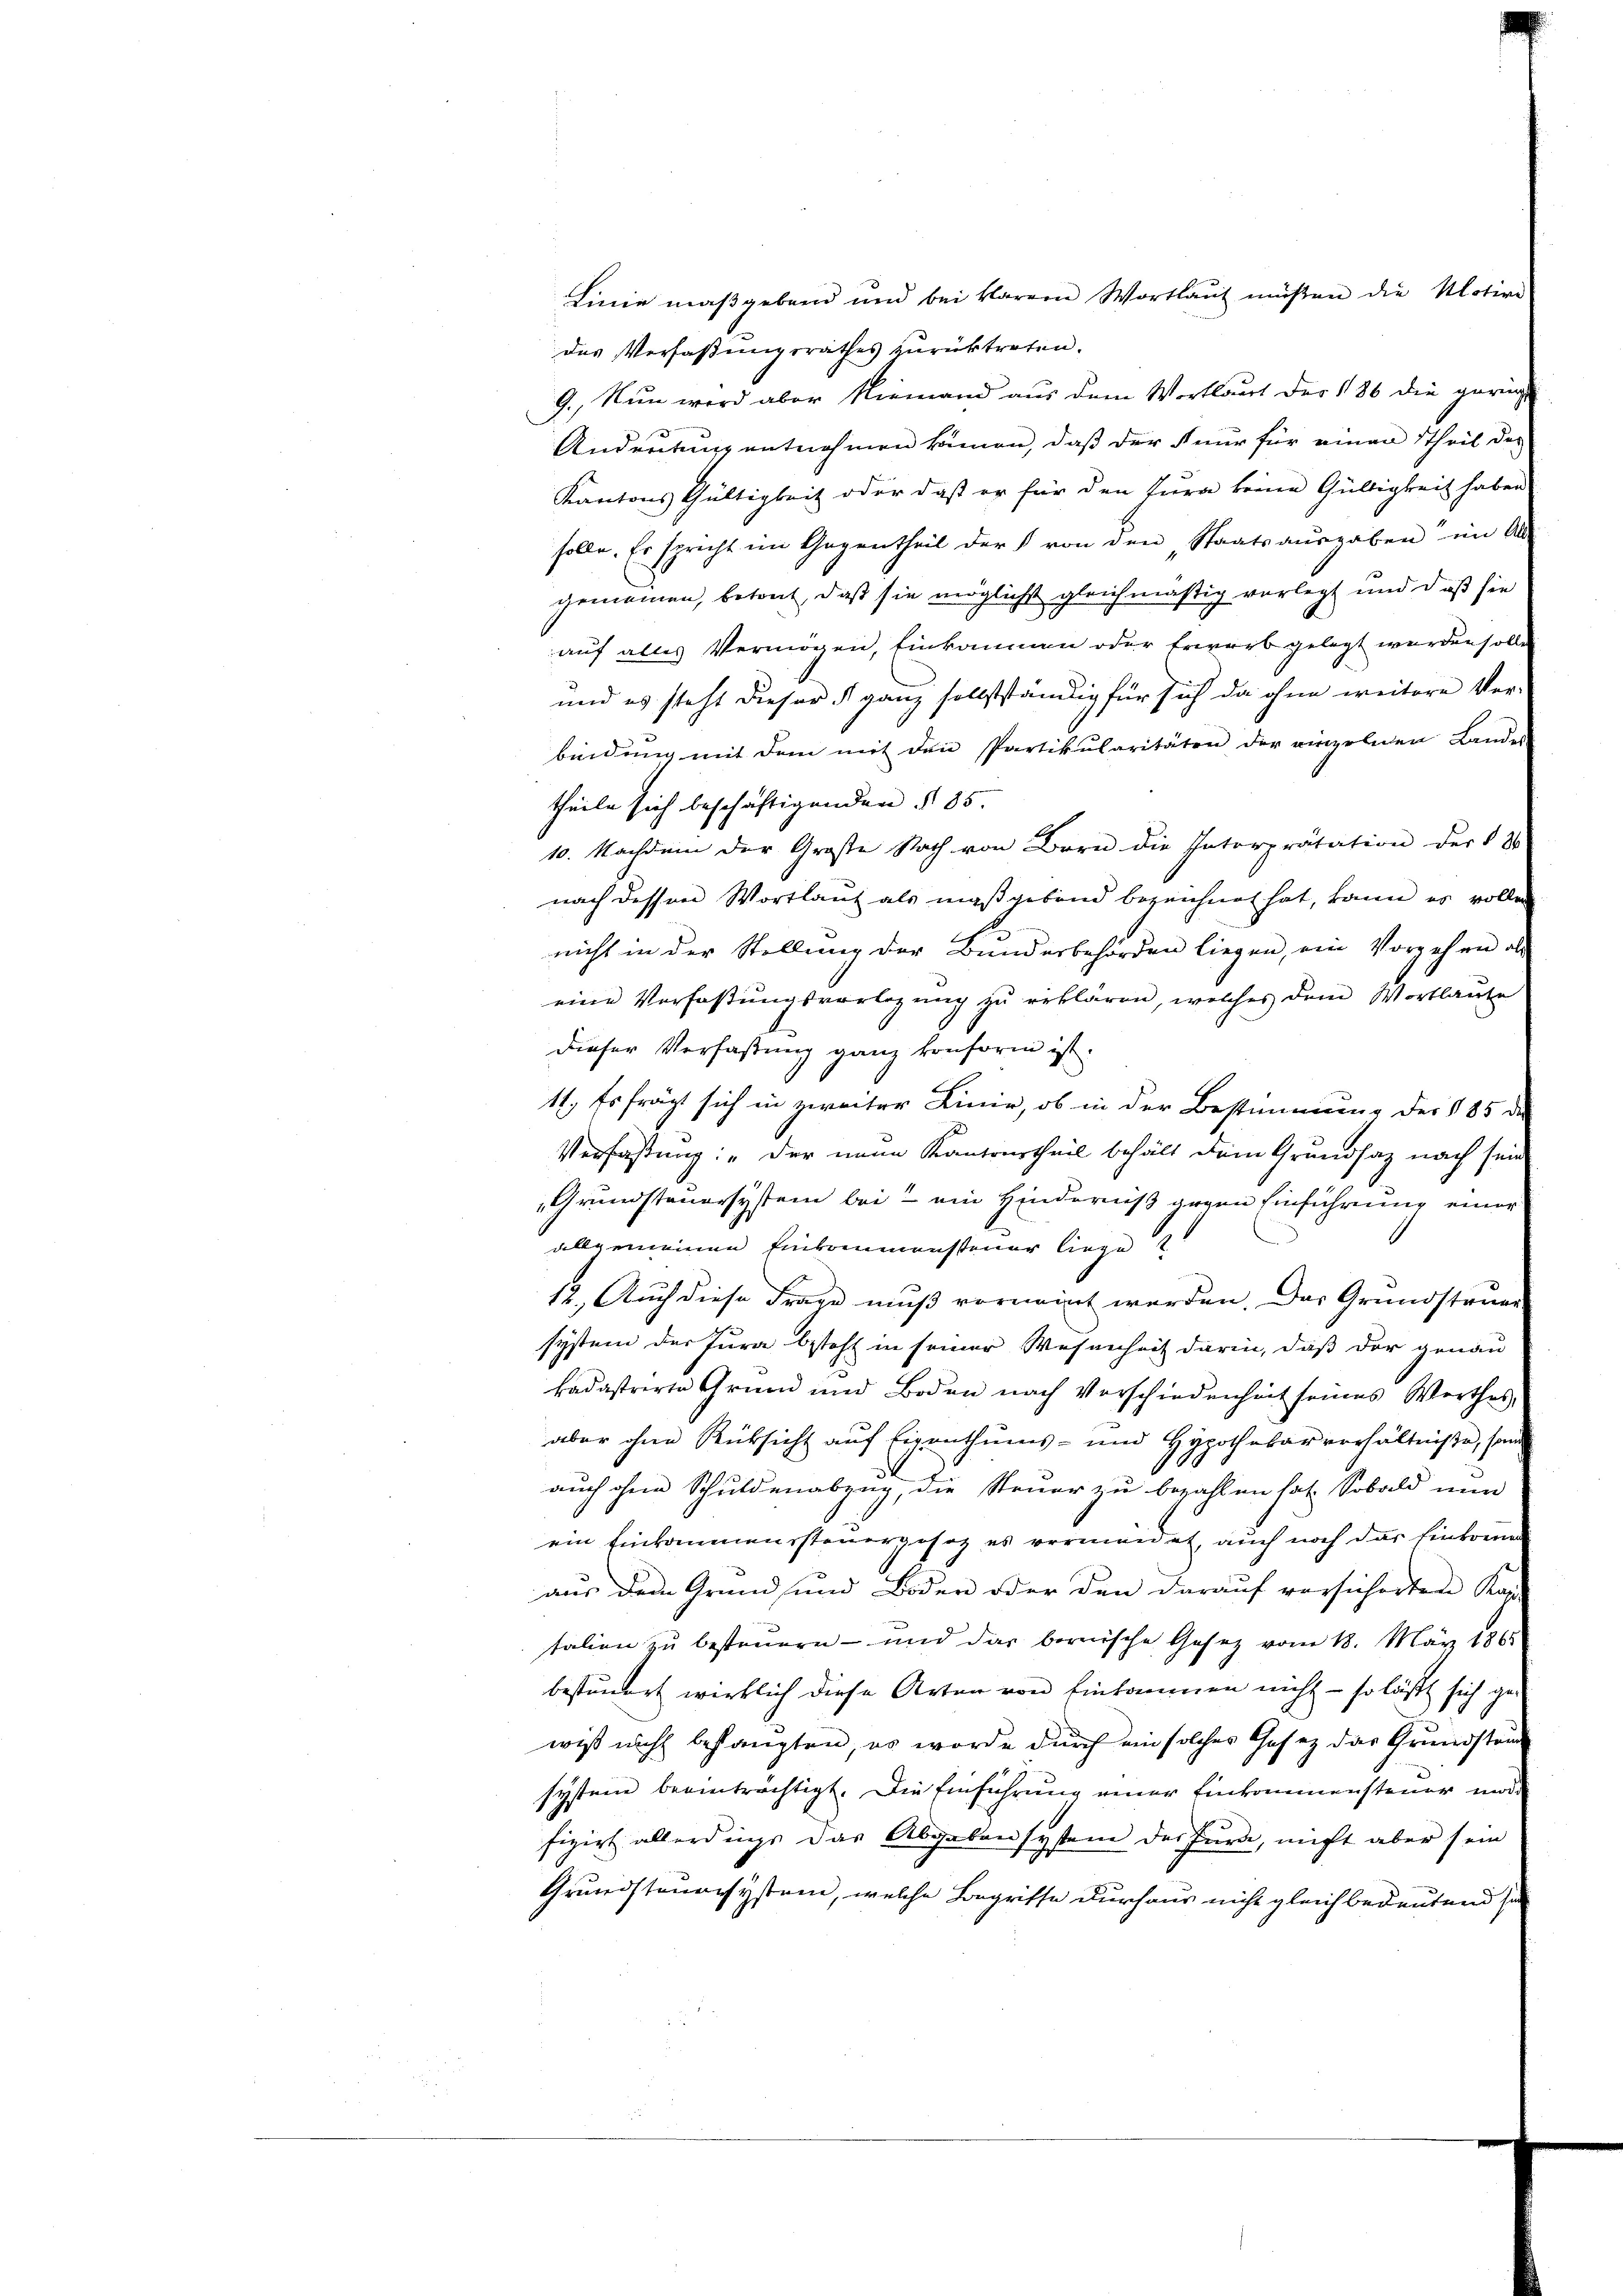
Linie maßgebend und bei klarem Wortlaut müßen die Motive
das Verfaßungsrathes zurücktreten.
9., Nun wird aber Niemand aus dem Wortlaut der 186 die geringe
Andeutung entnehmen können, daß der nur für einen Theil des
Kantons Gültigkeit oder daß er für den Jura keine Gültigkeit haben
solle. Er spricht im Gegentheil der § von den Staatsausgaben“ im An-
gemainen, betont, daß sie möglichst gleichmäßig vorlegt und daß sie
auf alles Vermögen, Einkommen oder Erwarb gelegt werden solle
und es steht dieser §. ganz sollstständig für sich da ohne weitere Ver-
bindŭng mit dem mit den Partikularitäten der einzelnen Landes-
theile sich beschäftigenden § 85.
10. Nachdem der Große Nach von Bern die Interprätation der § 3
nach dessen Wortlaut als maßgebend bezeichnet hat, kann es vollen
nicht in der Stellung der Bundesbehörden liegen, ein Vorgehen als
eine Verfassŭngsvorlegŭng zŭ reklaren, welches dem Wortlaute
dieser Verfaßung ganz konform ist.
11. Es frägt sich in zweiter Linie, ob in der Bestimmung der 185 de
Verfaßung: „Der neue Kantonstheil behält dem Grundsaz nach sein
Grundsteuersystem bei ein Hinderniß gegen Einführung einer
allgemeinen Einkommensteuer liege
12. Auch diese Frage muß vornennt werden. Das Grundstande
system der Jura besteht in seiner Wesenheit darin, daß der genau
kadastrirte Grund und Boden nach Vorschiedenheit seines Werthes,
aber ohne Rücksicht auf Eigenthums- und Hypothekarverhältniße, sonde
0
auch ohne Schuldenabzug, die Steuer zu bezahlen hat. Sobald nun
ein Einkommenssteuergesez es vermeidet, auch noch das Einkomm
aus dem Grund und Boden oder den darauf versicherten Kap
talien zu bestimmern - und das bernische Gesetz vom 18. März 1861
beständert wirklich diese Arten von Einkommen nicht - so läßt sich gewiß nicht bestanzten es worde durch ein solcher Gesez das Grundstand
system beeinträchtigt. Die Einführung einer Einkommensteuer mod
fizirt allerdings das Abgaben system der Jura, nicht aber sein
Grundsteuresystem, welche Begriffe durchaus nicht gleich bedeutend si